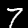
Digit: 7